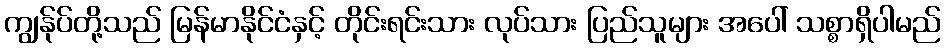
ကျွန်ုပ်တို့သည် မြန်မာနိုင်ငံနှင့် တိုင်းရင်းသား လုပ်သား ပြည်သူများ အပေါ် သစ္စာရှိပါမည်